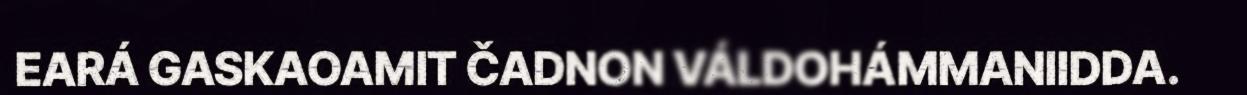
EARÁ GASKAOAMIT ČADNON VÁLDOHÁMMANIIDDA.